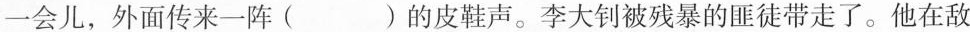
一会儿，外面传来一阵()的皮鞋声。李大钊被残暴的匪徒带走了。他在敌